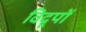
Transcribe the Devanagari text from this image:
विद्रूपों